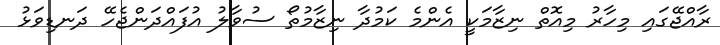
ރާއްޖޭގައި މިހާރު މިއޮތް ނިޒާމަކީ އެންމެ ކަމުދާ ނިޒާމުތޯ ސުވާލު އުފައްދަންޖެހޭ ދަނޑިވަޅު